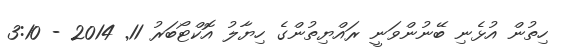
ހިތުން އުޅެނި ބޭނުންވަނީ ރައްޔިތުންގެ ހިޔާލު އޮކްޓޯބަރު 11